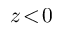
z \! < \! 0